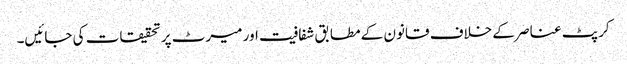
کرپٹ عناصر کے خلاف قانون کے مطابق شفافیت اور میرٹ پر تحقیقات کی جائیں۔